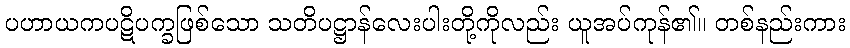
ပဟာယကပဋိပက္ခဖြစ်သော သတိပဋ္ဌာန်လေးပါးတို့ကိုလည်း ယူအပ်ကုန်၏။ တစ်နည်းကား